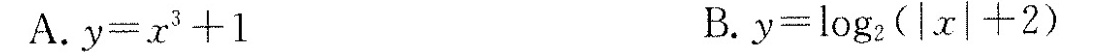
A. $$ y=x ^ {3} +1 $$ B. $$ y=log _ {2} { (|x|+2) } $$